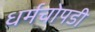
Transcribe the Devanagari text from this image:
धर्मचोपडी